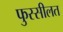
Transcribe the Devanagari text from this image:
फुस्सीलत